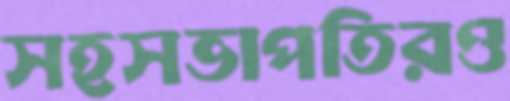
সহসভাপতিরও